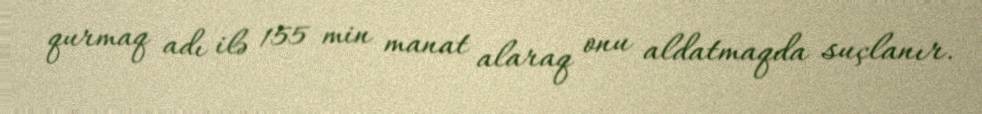
qurmaq adı ilə 155 min manat alaraq onu aldatmaqda suçlanır.